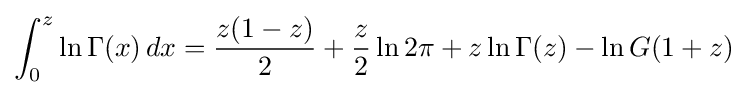
\int _{0}^{z}\ln \Gamma (x)\,dx={\frac {z(1-z)}{2}}+{\frac {z}{2}}\ln 2\pi +z\ln \Gamma (z)-\ln G(1+z)